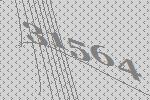
31564